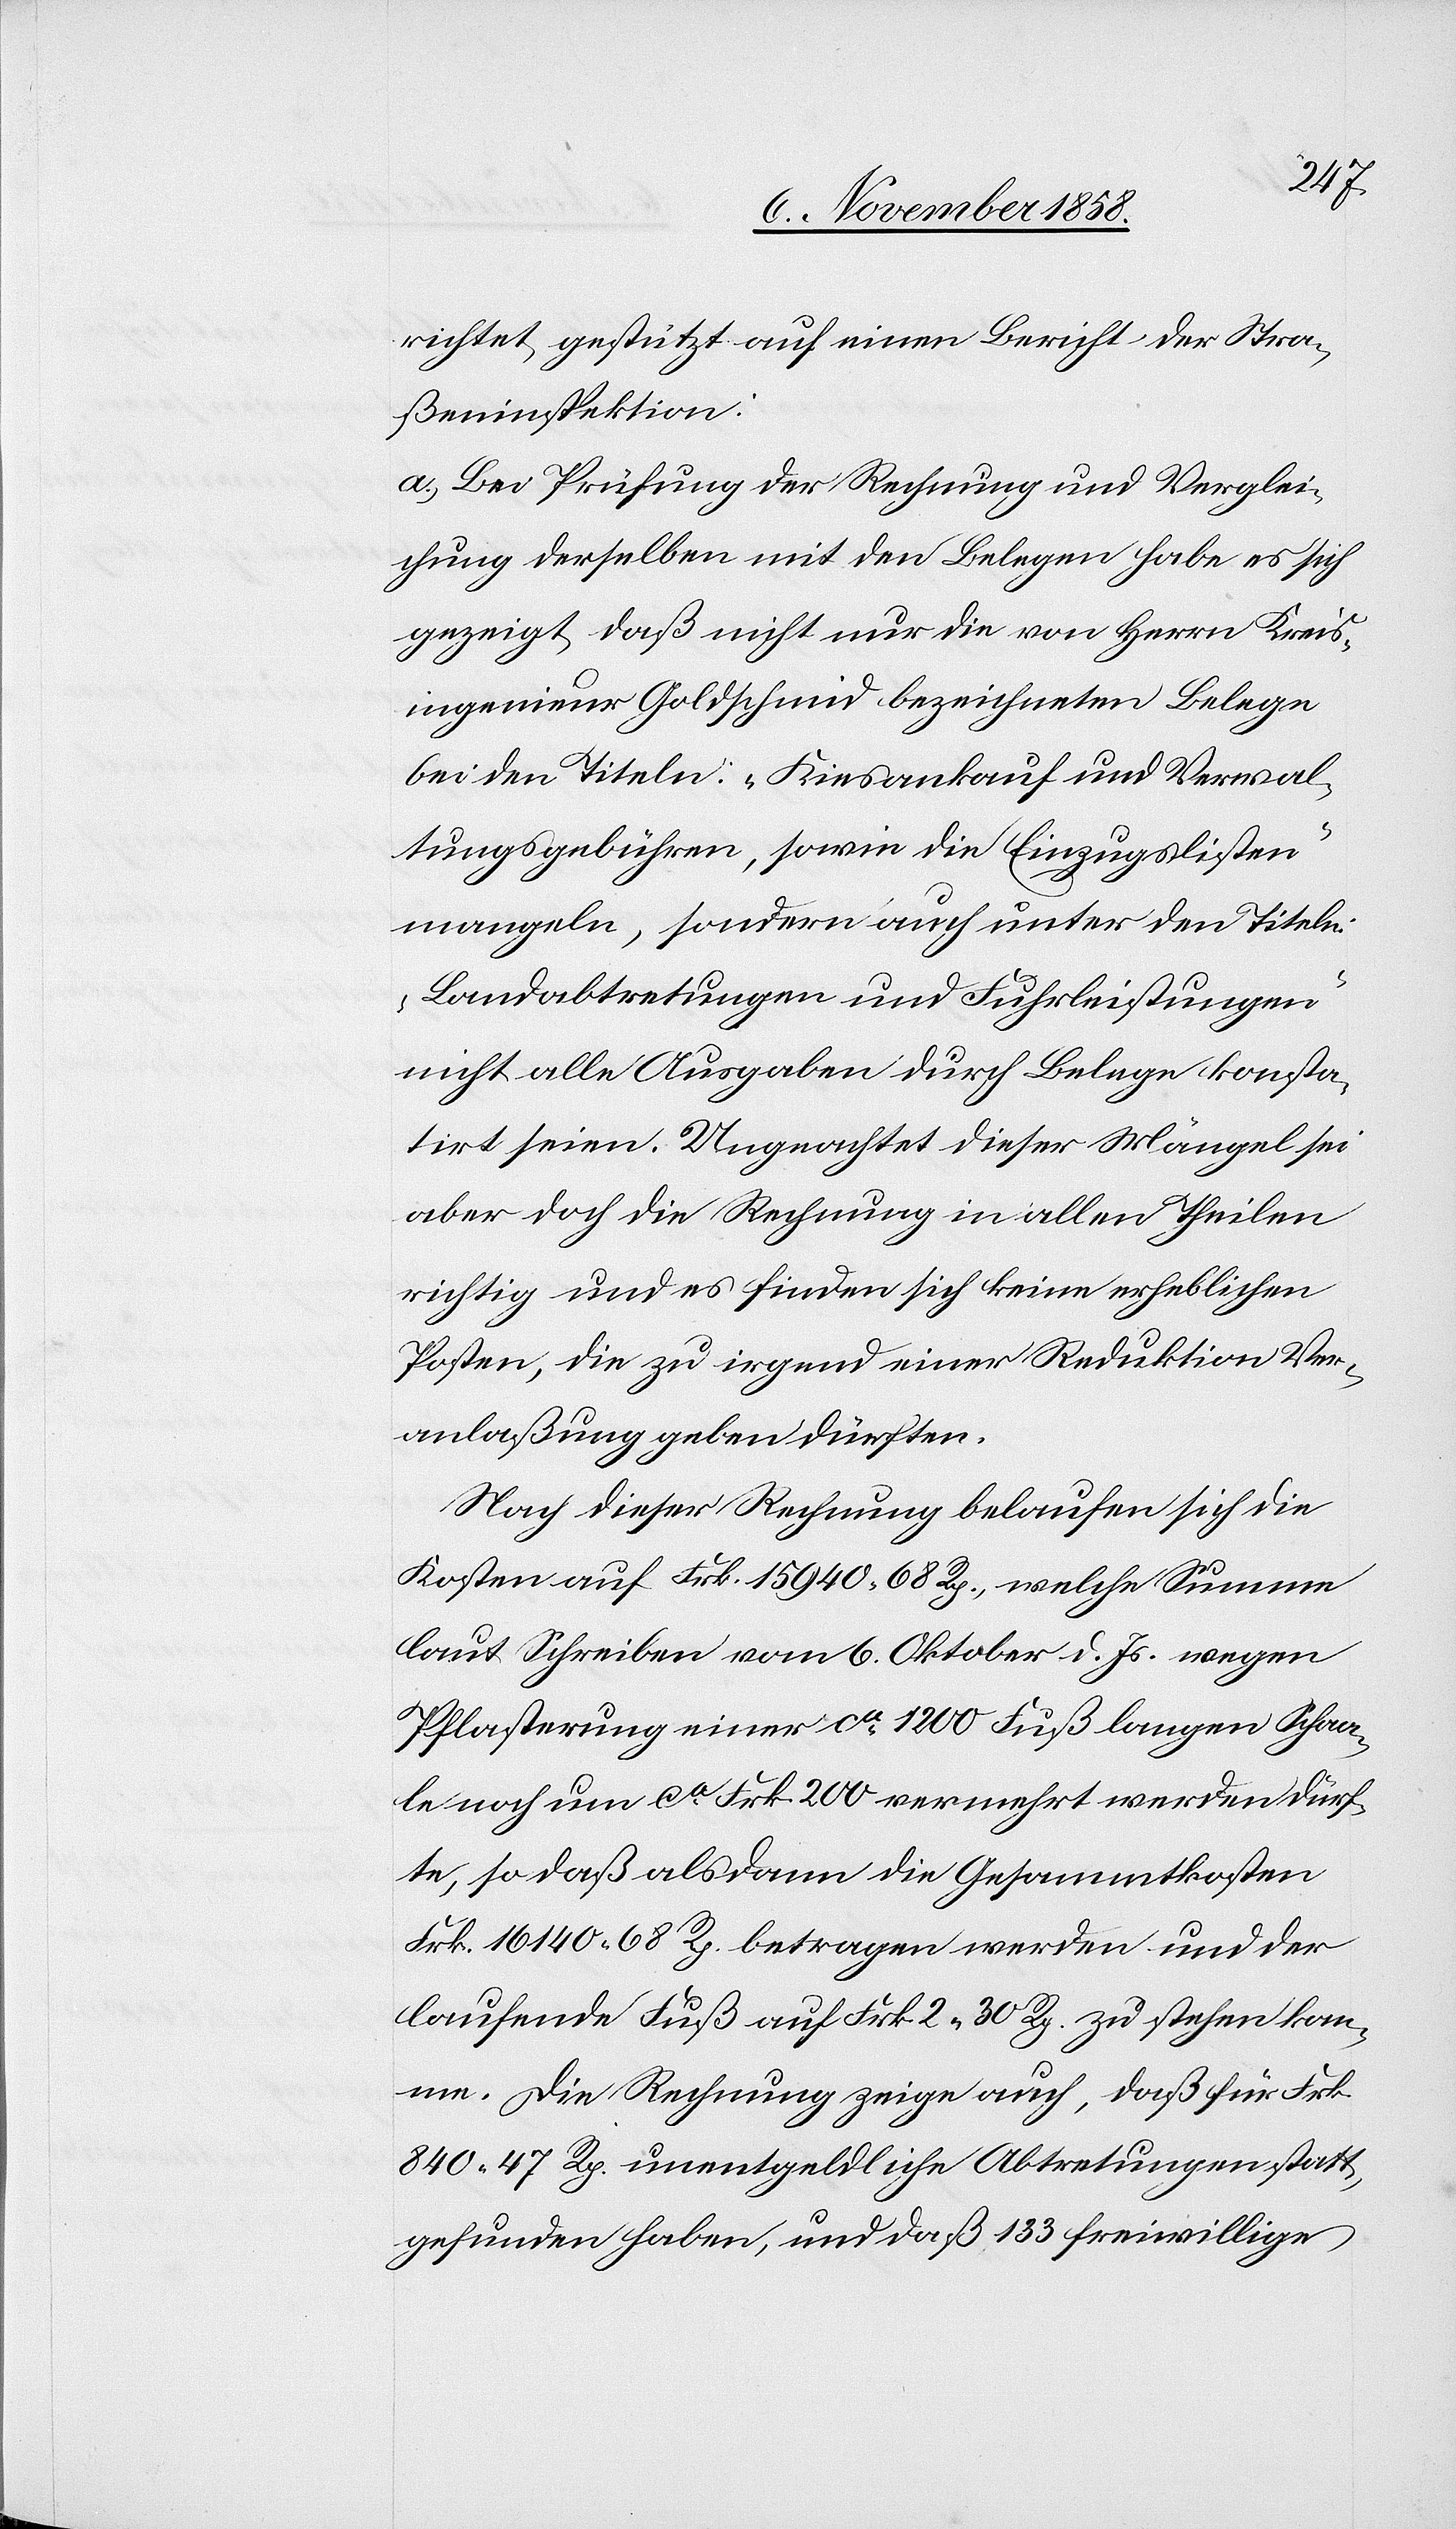
richtet, gestützt auf einen Bericht der Stra¬
ßeninspektion:
a.) Bei Prüfung der Rechnung und Verglei¬
chung derselben mit den Belegen habe es sich
gezeigt, daß nicht nur die von Herrn Kreis¬
ingenieur Goldschmid bezeichneten Belege
bei den Titeln: „Kiesankauf und Verwal¬
tungsgebühren, sowie die Einzugslisten“
mangeln, sondern auch unter den Titeln:
„Landabtretungen und Fuhrleistungen“
nicht alle Ausgaben durch Belege konsta¬
tirt seien. Ungeachtet dieser Mängel sei
aber doch die Rechnung in allen Theilen
richtig und es finden sich keine erheblichen
Posten, die zu irgend einer Reduktion Ver¬
anlaßung geben dürften.
Nach dieser Rechnung belaufen sich die
Kosten auf Frk. 15 940 68 Rp., welche Summe
laut Schreiben vom 6. Oktober d. Js. wegen
Pflasterung einer ca 1200 Fuß langen Schaa¬
le noch um ca Frk. 200 vermehrt werden dürf¬
te, so daß alsdann die Gesammtkosten
Frk. 16 140 68 Rp. betragen werden und der
laufende Fuß auf Frk. 2 30 Rp. zu stehen kom¬
me. Die Rechnung zeige auch, daß für Frk.
840 47 Rp. unentgeldliche Abtretungen statt¬
gefunden haben, und daß 133 freiwillige